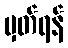
မှတ်ရန်